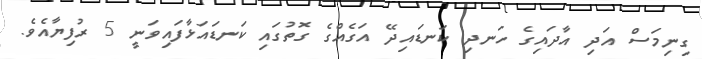
ގިނިމަސް އަދި އާދައިގެ ހަނދި ކަނޑައިދޭ އަގެއްގެ ގޮތުގައި ކަނޑައަޅާފައިވަނީ 5 ރުފިޔާއެވެ.